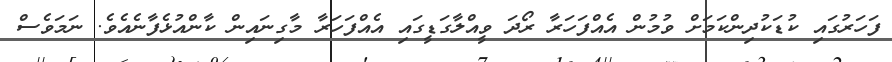
ފަހަރުގައި ކުޑަކުދިންކަމަށް ވުމުން އެއްފަހަރާ ރޯދަ ވީއްލާގަޑީގައި އެއްފަހަރާ މާގިނައިން ކާންއުޅެފާނެއެވެ. ނަމަވެސް